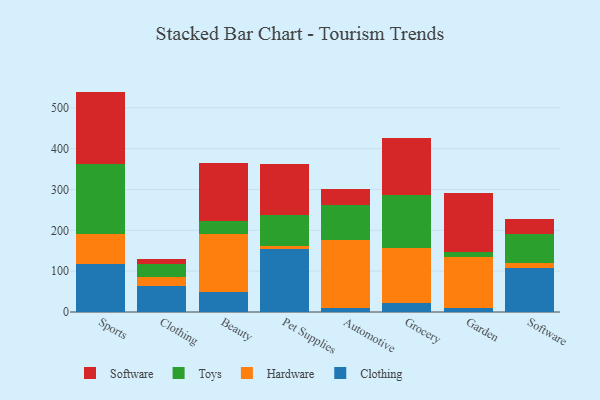
{"axis": {"x": "Category", "y": "Energy Usage (MWh)"}, "legend": ["Clothing", "Hardware", "Software", "Toys"], "data": [{"x": "Sports", "y": 118.5, "type": "Clothing"}, {"x": "Sports", "y": 71.5, "type": "Hardware"}, {"x": "Sports", "y": 171.5, "type": "Toys"}, {"x": "Sports", "y": 178.2, "type": "Software"}, {"x": "Clothing", "y": 64.3, "type": "Clothing"}, {"x": "Clothing", "y": 20.2, "type": "Hardware"}, {"x": "Clothing", "y": 33.0, "type": "Toys"}, {"x": "Clothing", "y": 13.5, "type": "Software"}, {"x": "Beauty", "y": 47.9, "type": "Clothing"}, {"x": "Beauty", "y": 142.8, "type": "Hardware"}, {"x": "Beauty", "y": 31.6, "type": "Toys"}, {"x": "Beauty", "y": 142.7, "type": "Software"}, {"x": "Pet Supplies", "y": 155.4, "type": "Clothing"}, {"x": "Pet Supplies", "y": 7.2, "type": "Hardware"}, {"x": "Pet Supplies", "y": 74.1, "type": "Toys"}, {"x": "Pet Supplies", "y": 126.3, "type": "Software"}, {"x": "Automotive", "y": 10.1, "type": "Clothing"}, {"x": "Automotive", "y": 165.2, "type": "Hardware"}, {"x": "Automotive", "y": 86.6, "type": "Toys"}, {"x": "Automotive", "y": 39.8, "type": "Software"}, {"x": "Grocery", "y": 22.0, "type": "Clothing"}, {"x": "Grocery", "y": 135.5, "type": "Hardware"}, {"x": "Grocery", "y": 129.5, "type": "Toys"}, {"x": "Grocery", "y": 138.6, "type": "Software"}, {"x": "Garden", "y": 8.6, "type": "Clothing"}, {"x": "Garden", "y": 126.3, "type": "Hardware"}, {"x": "Garden", "y": 12.7, "type": "Toys"}, {"x": "Garden", "y": 144.5, "type": "Software"}, {"x": "Software", "y": 106.9, "type": "Clothing"}, {"x": "Software", "y": 12.1, "type": "Hardware"}, {"x": "Software", "y": 72.4, "type": "Toys"}, {"x": "Software", "y": 37.1, "type": "Software"}]}